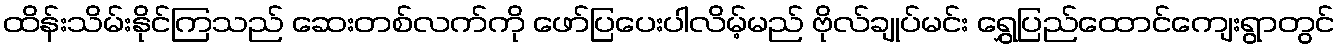
ထိန်းသိမ်းနိုင်ကြသည် ဆေးတစ်လက်ကို ဖော်ပြပေးပါလိမ့်မည် ဗိုလ်ချုပ်မင်း ရွှေပြည်ထောင်ကျေးရွာတွင်